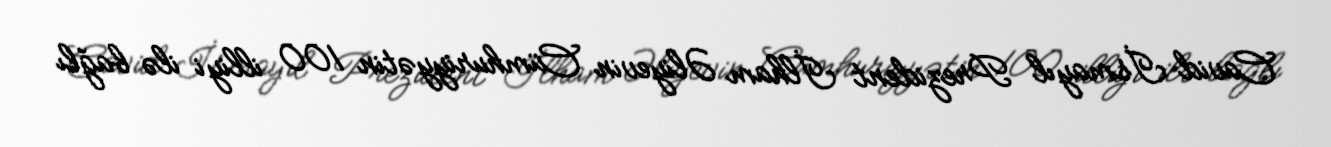
Cavid İsmayıl Prezident İlham Əliyevin Cümhuriyyətin 100 illiyi ilə bağlı